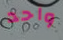
واحد